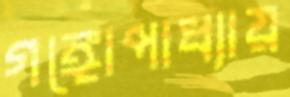
গঙ্গোপাধ্যায়